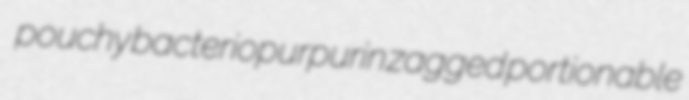
pouchy bacteriopurpurin zagged portionable